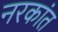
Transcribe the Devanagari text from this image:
नरकांत